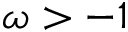
\omega > - 1